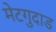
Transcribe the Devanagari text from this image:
मेटगुदाड